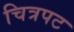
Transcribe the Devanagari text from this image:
चित्रपट